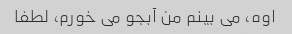
اوه، می بینم من آبجو می خورم، لطفا